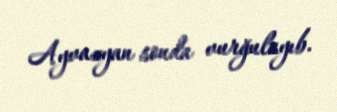
Ayvazyan sonda vurğulayıb.